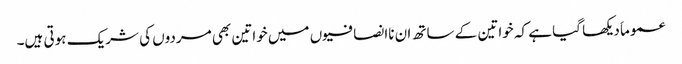
عموماَ دیکھا گیا ہے کہ خواتین کے ساتھ ان ناانصافیوں میں خواتین بھی مردوں کی شریک ہوتی ہیں۔